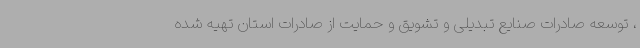
، توسعه صادرات صنایع تبدیلی و تشویق و حمایت از صادرات استان تهیه شده